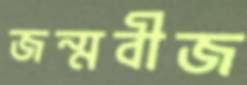
জন্মবীজ